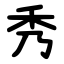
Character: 秀